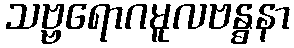
သဗ္ဗရောဂမူလဗန္ဓနာ